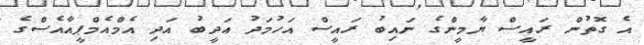
އެ ގޮތުން ރައީސް ޔާމީންގެ ނައިބު ރައީސް އަހުމަދު އަދީބު އަދި އެމްއެމްޕީއާއެސްގެ